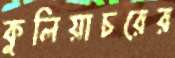
কুলিয়াচরের